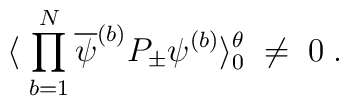
\langle \; \prod_{b=1}^N \overline{\psi}^{(b)} P_\pm \psi^{(b)}\rangle_0^{\theta} \; \neq \; 0 \; .